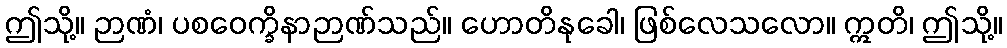
ဤသို့။ ဉာဏံ၊ ပစဝေက္ခိနာဉာဏ်သည်။ ဟောတိနုခေါ၊ ဖြစ်လေသလော။ ဣတိ၊ ဤသို့။